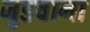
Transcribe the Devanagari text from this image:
जुडवाना